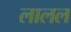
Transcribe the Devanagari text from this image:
लालल